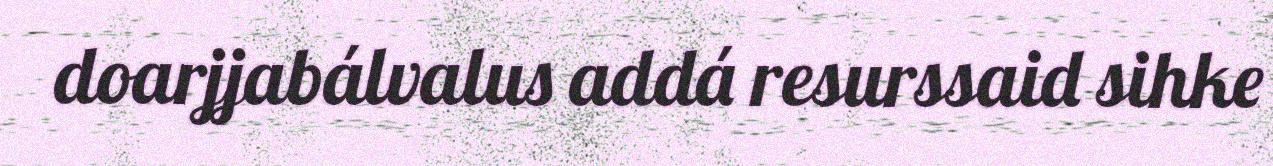
doarjjabálvalus addá resurssaid sihke